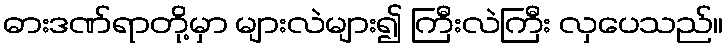
ဓားဒဏ်ရာတို့မှာ များလဲများ၍ ကြီးလဲကြီး လှပေသည်။